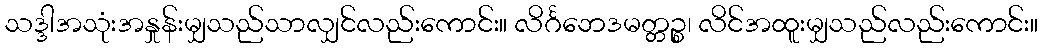
သဒ္ဒါအသုံးအနှုန်းမျှသည်သာလျှင်လည်းကောင်း။ လိင်္ဂဘေဒမတ္တဉ္စ၊ လိင်အထူးမျှသည်လည်းကောင်း။